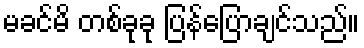
မခင်မိ တစ်ခုခု ပြန်ပြောချင်သည်။